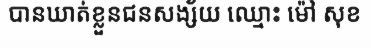
បានឃាត់ខ្លួនជនសង្ស័យ ឈ្មោះ ម៉ៅ សុខ